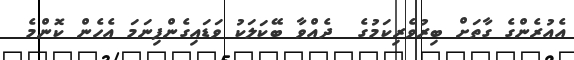
އެއުރެންގެ ގާތަށް ބިރުވެރިކަމުގެ  ދެއްވާ ބޭކަލަކު ވަޑައިގެންފިނަމަ އެހެން ކޮންމެ